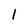
Character: 1